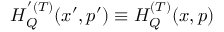
H _ { Q } ^ { ' ( T ) } ( x ^ { \prime } , p ^ { \prime } ) \equiv H _ { Q } ^ { ( T ) } ( x , p )